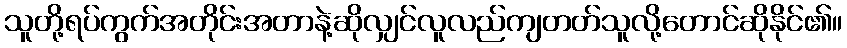
သူတို့ရပ်ကွက်အတိုင်းအတာနဲ့ဆိုလျှင်လူလည်ကျတတ်သူလို့တောင်ဆိုနိုင်၏။